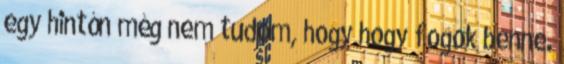
egy hintón még nem tudom, hogy hogy fogok benne.